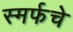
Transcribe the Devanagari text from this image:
स्मर्फचे